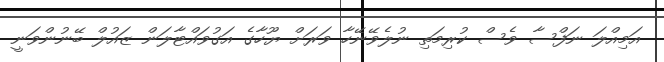
އަމިއްލަ ނަފްސާ ވެސް ކުރިމަތި ނުލެވޭނޭހާ ވަރަށް ޔޫހާގެ އަގުވައްޓާލަން ޒައުލް ބޭނުންވަނީ